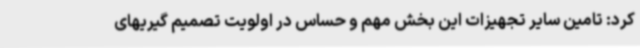
کرد: تامین سایر تجهیزات این بخش مهم و حساس در اولویت تصمیم گیریهای